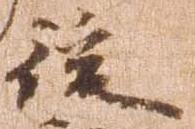
後